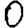
Digit: 0